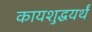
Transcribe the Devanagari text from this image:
कायशुद्धयर्थं